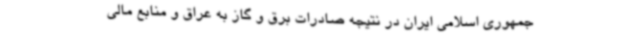
جمهوری اسلامی ایران در نتیجه صادرات برق و گاز به عراق و منابع مالی